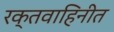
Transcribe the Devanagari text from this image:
रक्तवाहिनीत